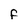
Character: f